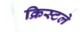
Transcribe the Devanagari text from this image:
क्रिस्टले